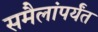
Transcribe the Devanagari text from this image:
समैलांपर्यंत